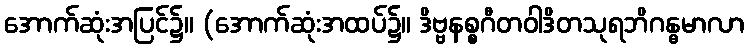
အောက်ဆုံးအပြင်၌။ (အောက်ဆုံးအထပ်၌။ ဒိဗ္ဗနစ္စဂီတဝါဒိတသုရဘိဂန္ဓမာလာ